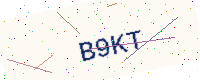
Text: B9KT